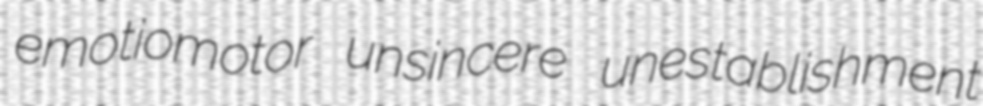
emotiomotor unsincere unestablishment